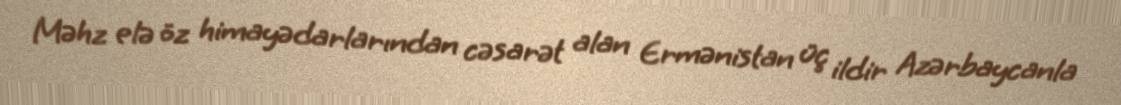
Məhz elə öz himayədarlarından cəsarət alan Ermənistan üç ildir Azərbaycanla